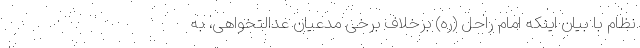
نظام با بیان اینکه امام راحل (ره) برخلاف برخی مدعیان عدالتخواهی، به